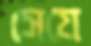
সেযে